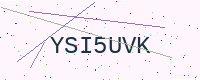
Text: YSI5UVK